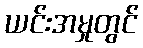
ယင်းအမှုတွင်